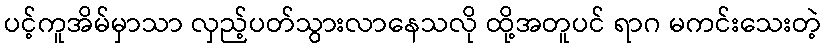
ပင့်ကူအိမ်မှာသာ လှည့်ပတ်သွားလာနေသလို ထို့အတူပင် ရာဂ မကင်းသေးတဲ့